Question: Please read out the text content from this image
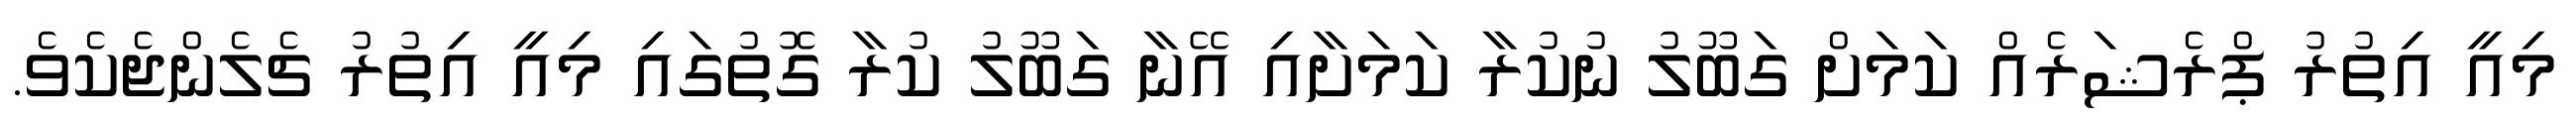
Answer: މިއީ އިތުރު ޕްރެޝަރެއް ކަމަށް ގަބޫލު ނުކުރާ ކަމަށާއި އޭނާ ގަބޫލު ކުރާ ގޮތުގައި މިއީ އިތުރު ޗެލެންޖެކެވެ.